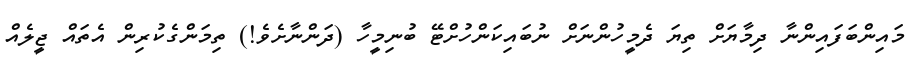
މައިންބަފައިންނާ ދިމާޔަށް ތިޔަ ދެމީހުންނަށް ނުބައިކަންހުށްޓޭ ބުނިމީހާ (ދަންނާށެވެ!) ތިމަންގެކުރިން އެތައް ޖީލެއް